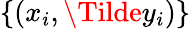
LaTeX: \{ (x_{i},\Tilde{y}_{i})\}